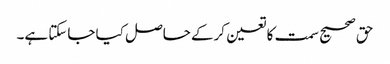
حق صحیح سمت کا تعین کرکے حاصل کیا جاسکتا ہے۔